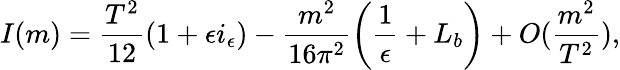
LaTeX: I(m)={\frac{T^{2}}{12}}(1+\epsilon i_{\epsilon})-{\frac{m^{2}}{16\pi^{2}}}\biggl({\frac{1}{\epsilon}}+L_{b}\biggr)+O({\frac{m^{2}}{T^{2}}}),